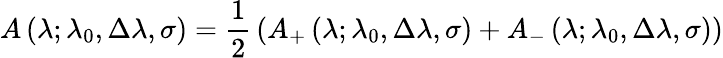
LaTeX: A\left(\lambda;\lambda_{0},\Delta\lambda,\sigma\right)={\frac{1}{2}}\left(A_{+}\left(\lambda;\lambda_{0},\Delta\lambda,\sigma\right)+A_{-}\left(\lambda;\lambda_{0},\Delta\lambda,\sigma\right)\right)